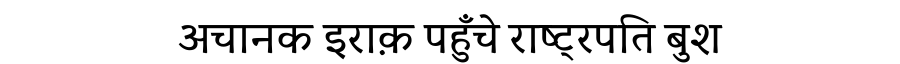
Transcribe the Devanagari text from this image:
अचानक इराक़ पहुँचे राष्ट्रपति बुश